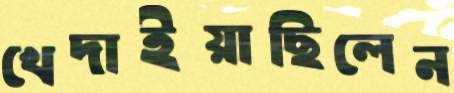
খেদাইয়াছিলেন